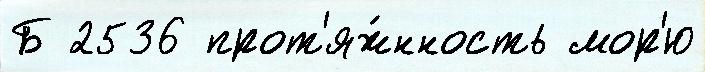
Б 2536 прот'яж́нность мор'ю